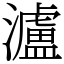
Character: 瀘